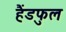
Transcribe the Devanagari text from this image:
हैंडफुल